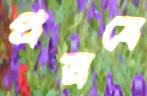
প্রস্রবে